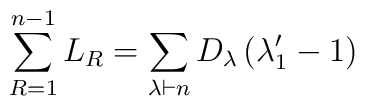
\sum_{R=1}^{n-1} L_R  = \sum_{\lambda \vdash n } D_{\lambda} \left( \lambda_1' -1 \right)